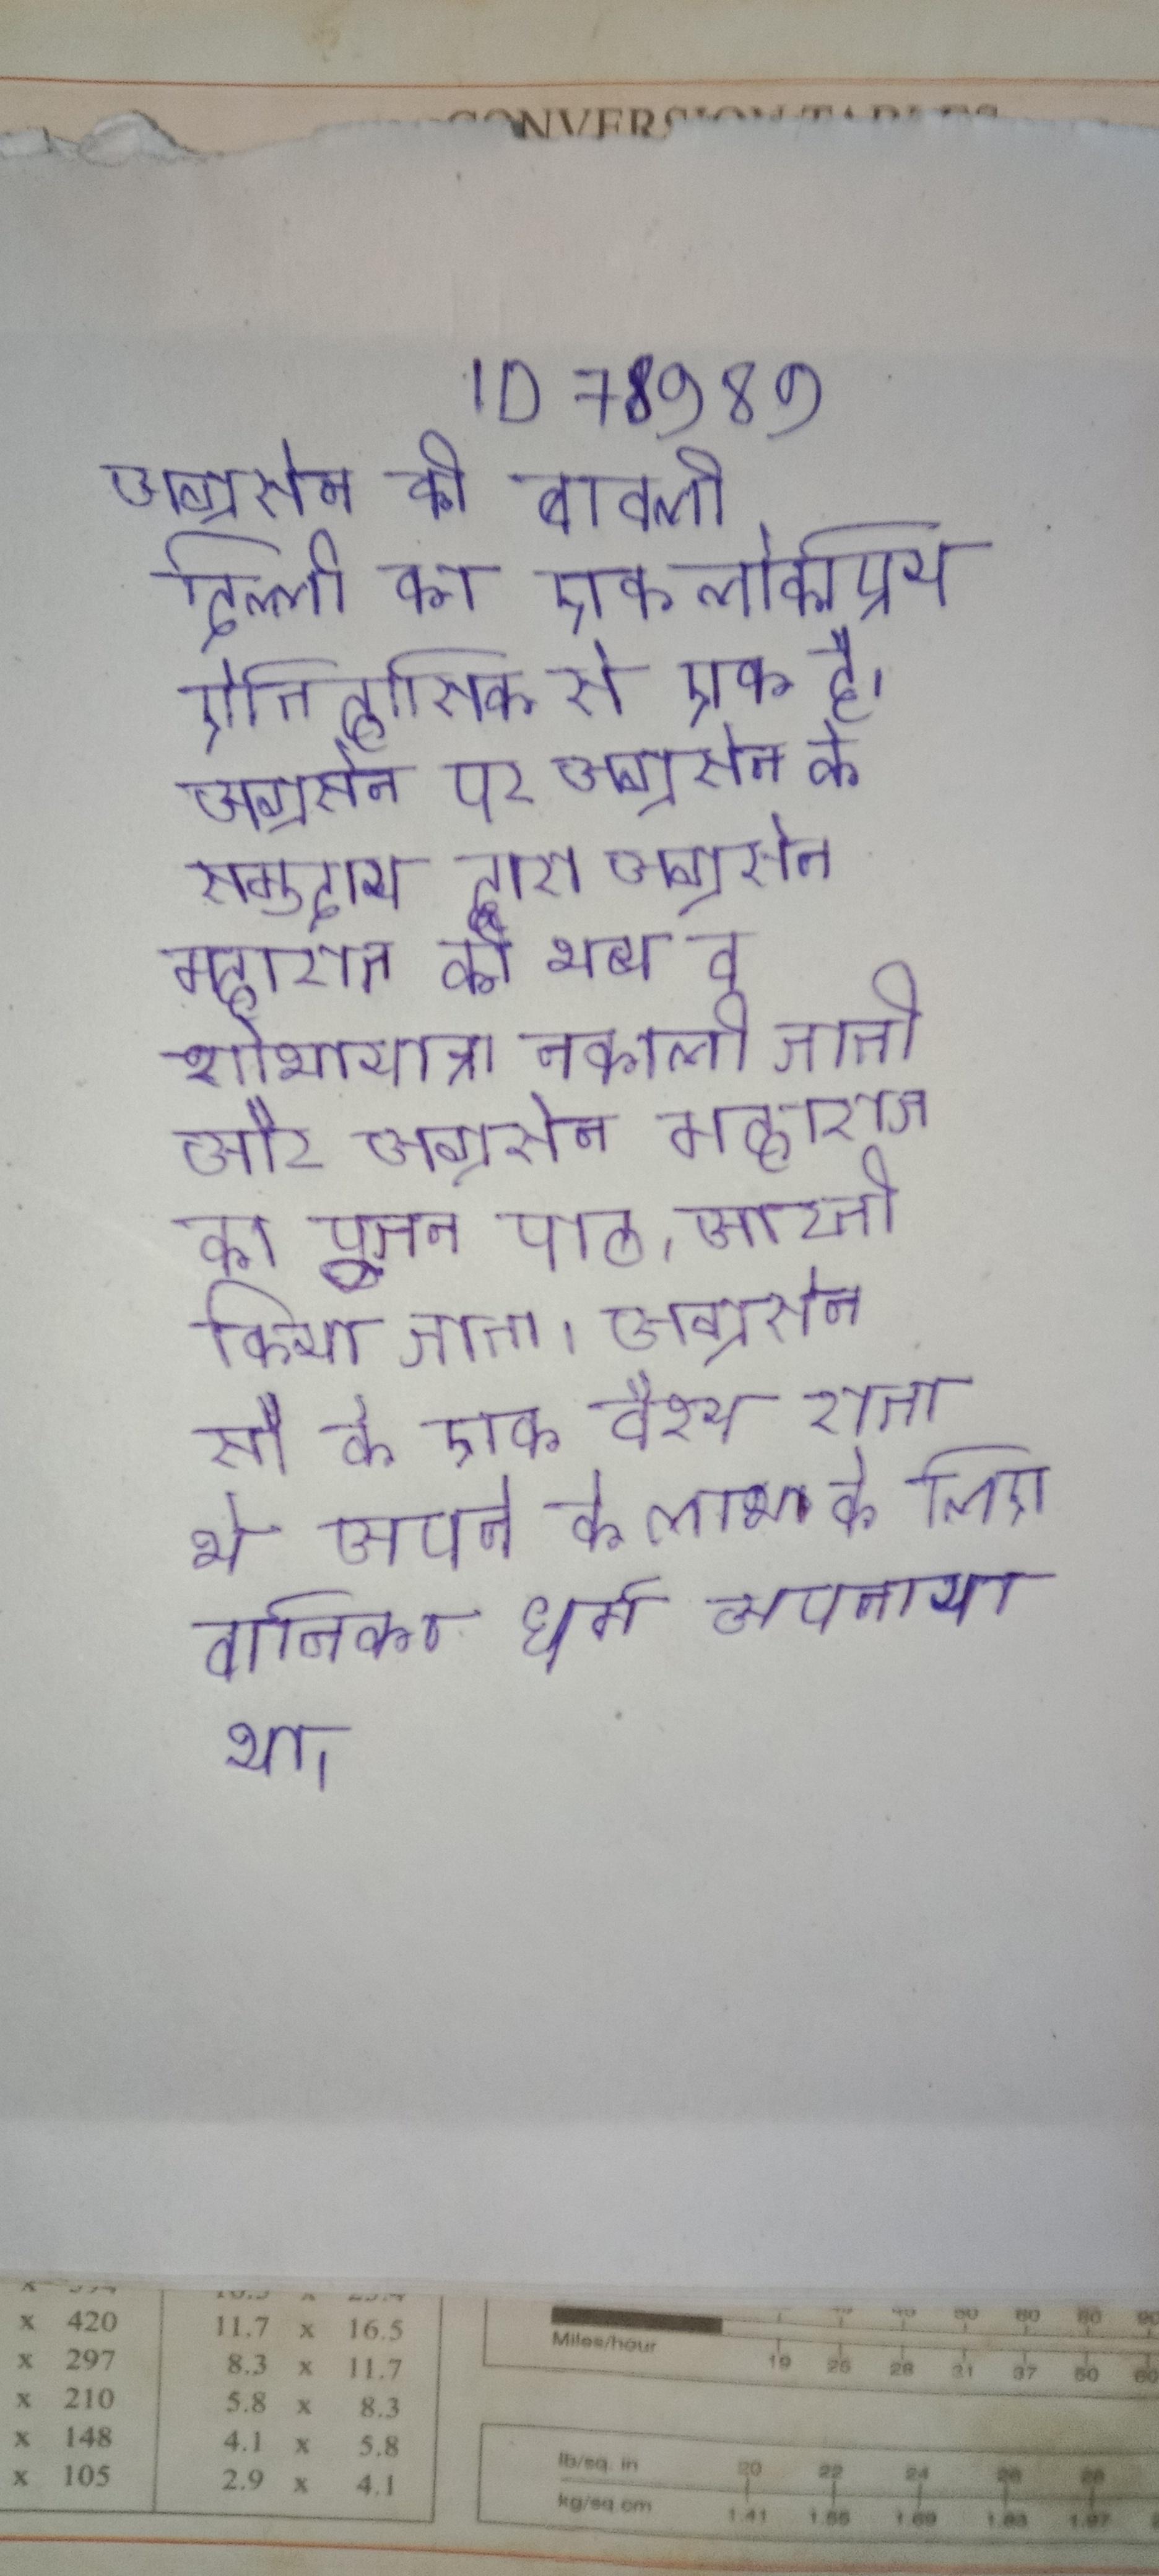
अग्रसेन की बावली दिल्ली का एक लोकप्रिय ऐतिहासिक से एक है । अग्रसेन पर अग्रसेन के समुदाय द्वारा अग्रसेन महाराज की भव्य व शोभायात्रा नकाली जाती और अग्रसेन महाराज का पूजन पाठ, आरती किया जाता । अग्रसेन सौर के एक वैश्य राजा थे अपने के लाभ के लिए वानिका धर्म अपनाया था ।